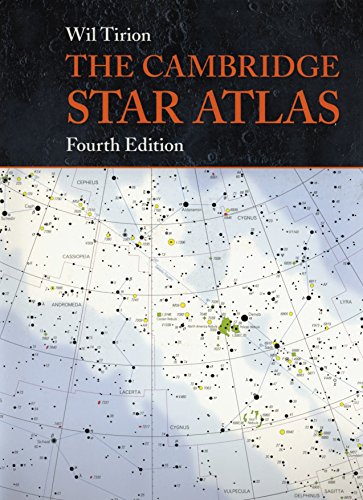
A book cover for The Cambridge Star Atlas; Wil Tirion; Science & Math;